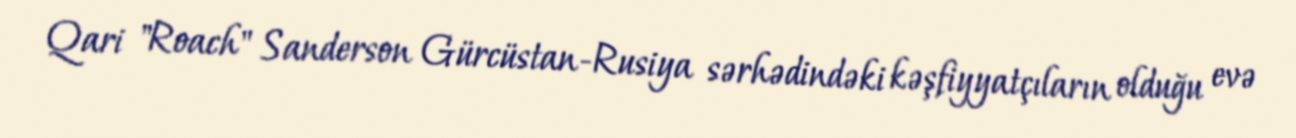
Qari "Roach" Sanderson Gürcüstan-Rusiya sərhədindəki kəşfiyyatçıların olduğu evə